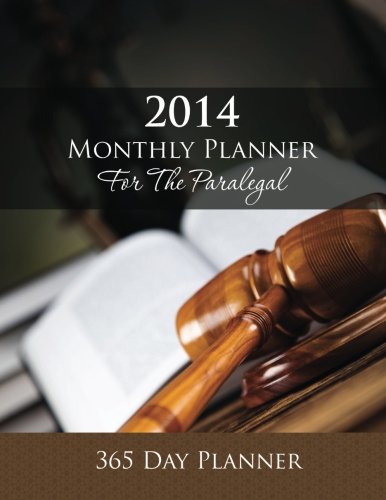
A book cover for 2014 Monthly Planner for the Paralegal: 365 Day Planner; Speedy Publishing LLC; Business & Money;